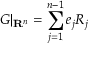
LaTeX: G | _ { \mathbf { R } ^ { n } } = \sum _ { j = 1 } ^ { n - 1 } e _ { j } R _ { j }